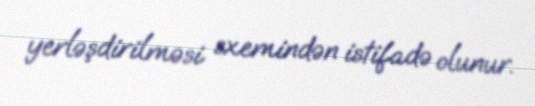
yerləşdirilməsi sxemindən istifadə olunur.